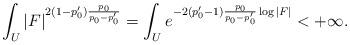
LaTeX: \begin{align*}\int_{U}|F|^{2(1-p'_0)\frac{p_0}{p_0-p'_0}}=\int_{U}e^{-2(p'_0-1)\frac{p_0}{p_0-p'_0}\log|F|}<+\infty.\end{align*}